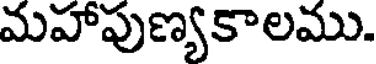
మహాపుణ్యకాలము.